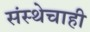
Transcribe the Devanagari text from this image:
संस्थेचाही